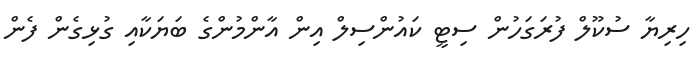
ހިރިޔާ ސުކޫލް ފުރަގަހުން ސިޓީ ކައުންސިލް އިން އާންމުންގެ ބަޔަކާއި ގުޅިގެން ފެން